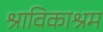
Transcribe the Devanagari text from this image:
श्राविकाश्रम